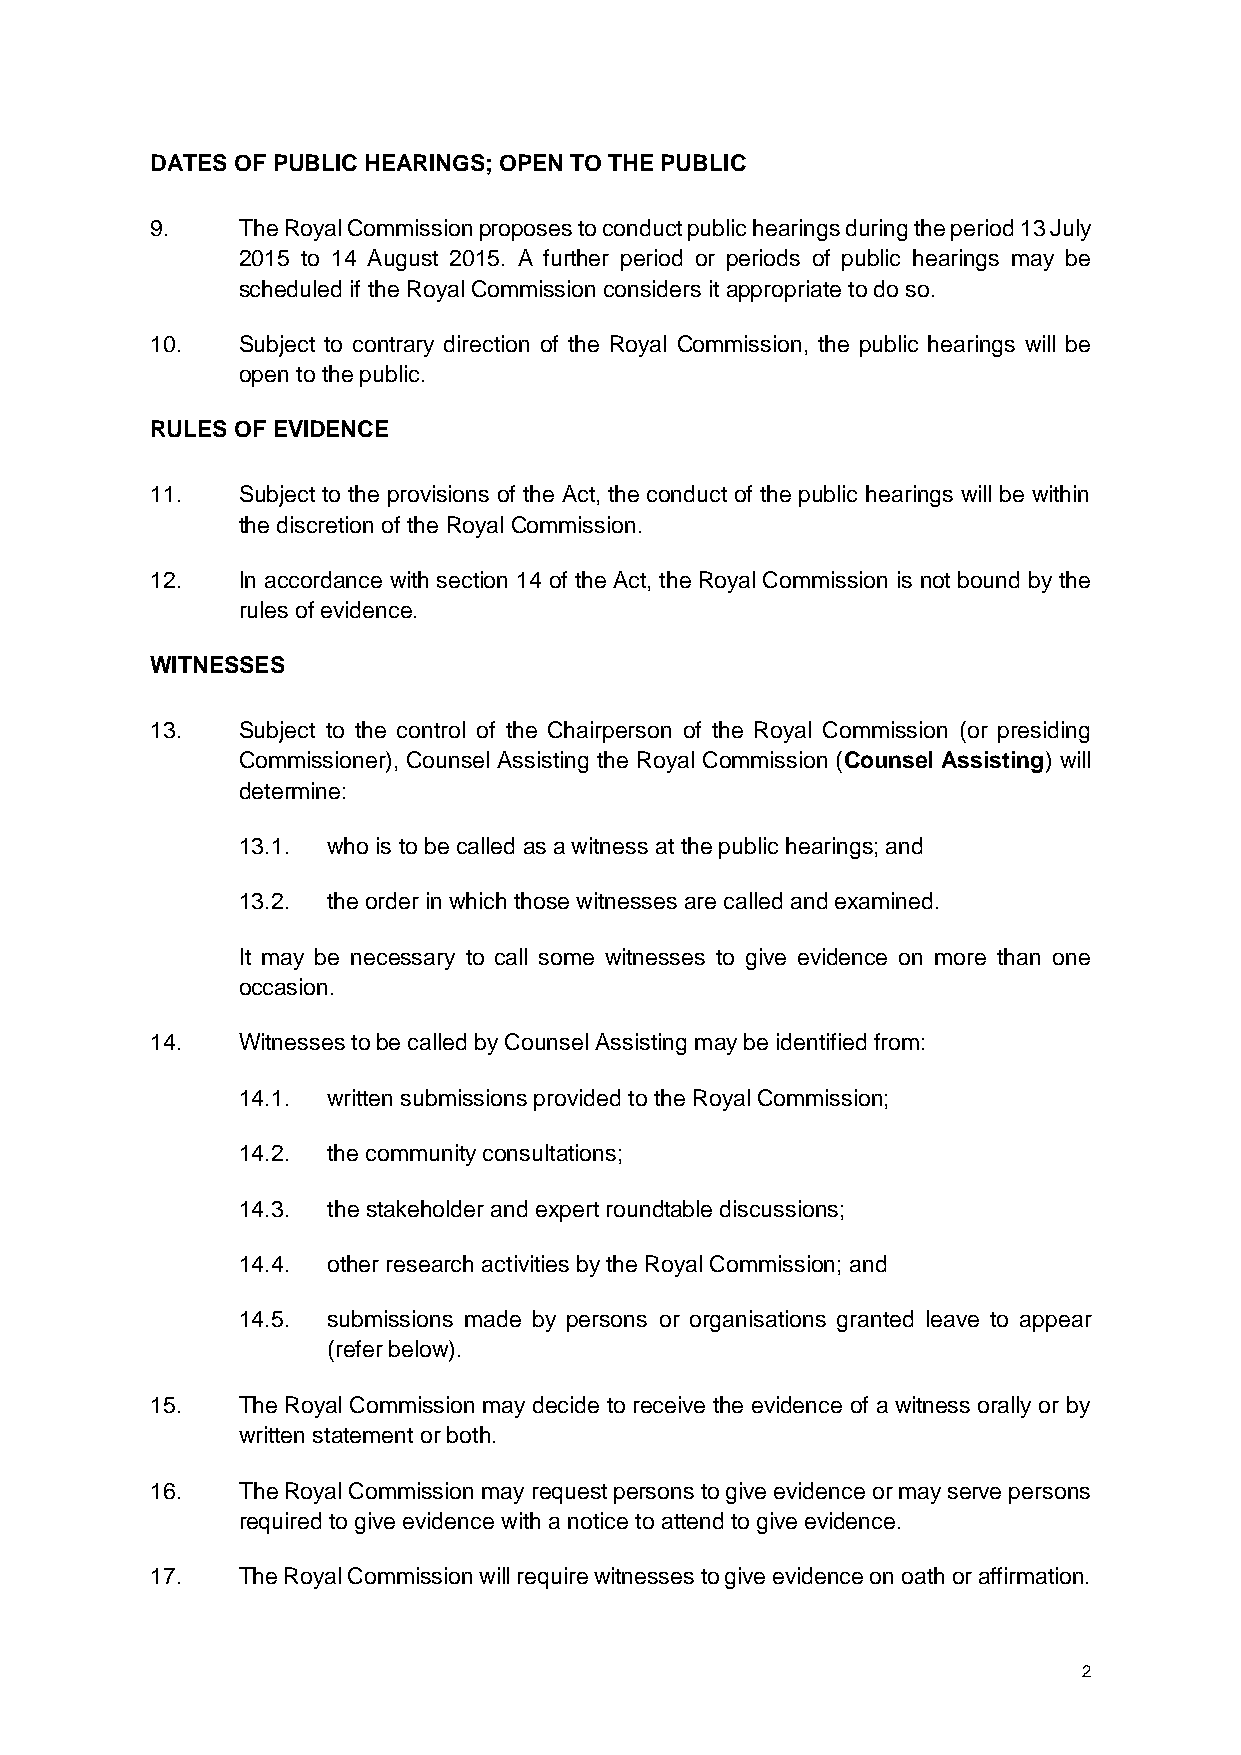
DATES OF PUBLIC HEARINGS; OPEN TO THE PUBLIC
 9.    The Royal Commission proposes to conduct public hearings during the period 13 July
 2015 to 14 August 2015. A further period or periods of public hearings may be
 scheduled if the Royal Commission considers it appropriate to do so.
 10.   Subject to contrary direction of the Royal Commission, the public hearings will be
 open to the public.
 RULES OF EVIDENCE
 11.   Subject to the provisions of the Act, the conduct of the public hearings will be within
 the discretion of the Royal Commission.
 12.   In accordance with section 14 of the Act, the Royal Commission is not bound by the
 rules of evidence.
 WITNESSES
 13.   Subject to the control of the Chairperson of the Royal Commission (or presiding
 Commissioner), Counsel Assisting the Royal Commission (Counsel Assisting) will
 determine:
 13.1. who is to be called as a witness at the public hearings; and
 13.2. the order in which those witnesses are called and examined.
 It may be necessary to call some witnesses to give evidence on more than one
 occasion.
 14.   Witnesses to be called by Counsel Assisting may be identified from:
 14.1. written submissions provided to the Royal Commission;
 14.2. the community consultations;
 14.3. the stakeholder and expert roundtable discussions;
 14.4. other research activities by the Royal Commission; and
 14.5. submissions made by persons or organisations granted leave to appear
 (refer below).
 15.   The Royal Commission may decide to receive the evidence of a witness orally or by
 written statement or both.
 16.   The Royal Commission may request persons to give evidence or may serve persons
 required to give evidence with a notice to attend to give evidence.
 17.   The Royal Commission will require witnesses to give evidence on oath or affirmation.
 2